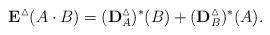
LaTeX: \begin{align*}\bold{E}^{\vartriangle}(A\cdot B)=(\bold{D}^{\vartriangle}_A)^{\ast}(B)+(\bold{D}^{\vartriangle}_B)^{\ast}(A).\end{align*}